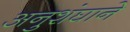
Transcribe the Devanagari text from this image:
अनुशंघाने